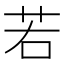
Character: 若